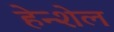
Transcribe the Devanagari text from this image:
हेन्शेल